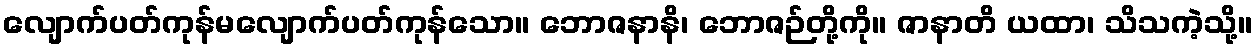
လျောက်ပတ်ကုန်မလျောက်ပတ်ကုန်သော။ ဘောဇနာနိ၊ ဘောဇဉ်တို့ကို။ ဇာနာတိ ယထာ၊ သိသကဲ့သို့။